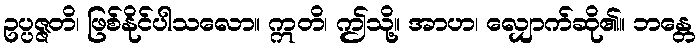
ဥပ္ပဇ္ဇတိ၊ ဖြစ်နိုင်ပါသလော။ ဣတိ၊ ဤသို့။ အာဟ၊ လျှောက်ဆို၏။ ဘန္တေ